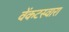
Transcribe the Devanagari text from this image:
वेंकटस्वारा